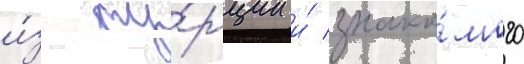
и́з ту́рции и́ знако́мого